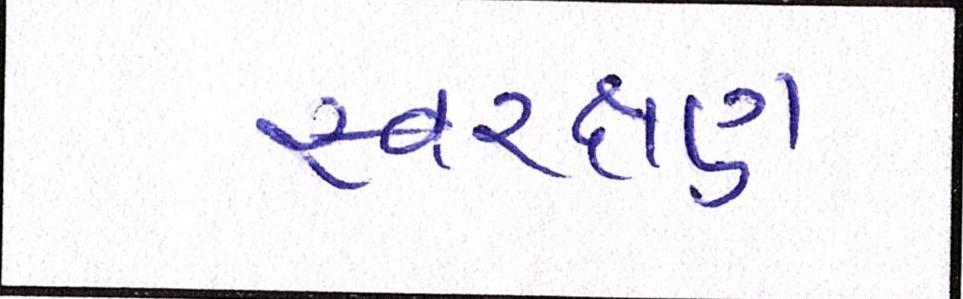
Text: સ્વરક્ષણ